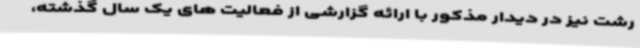
رشت نیز در دیدار مذکور با ارائه گزارشی از فعالیت های یک سال گذشته،